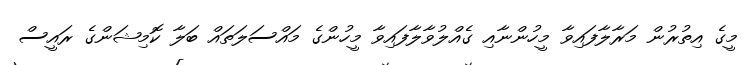
މީގެ އިތުރުން މަރާލާފައިވާ މީހުންނާއި ގެއްލުވާލާފައިވާ މީހުންގެ މައްސަލަތައް ބަލާ ކޮމިޝަންގެ ރައީސް